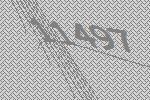
11497